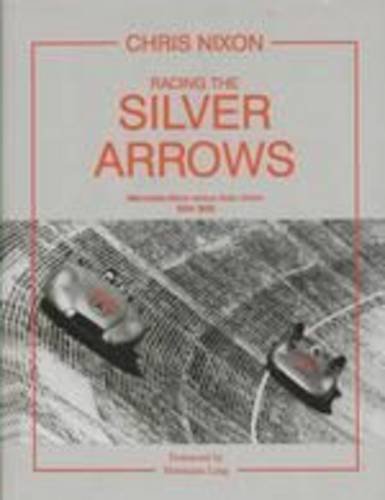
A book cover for Racing Silver Arrows: Mercedes-Benz Versus Auto Union 1934-1939; Chris Nixon; Engineering & Transportation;